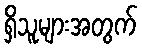
ရှိသူများအတွက်